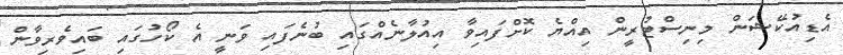
އެޑިއުކޭޝަން މިނިސްޓުރީން އިއްޔެ ކޮށްފައިވާ އިއުލާނެއްގައި ބުނެފައި ވަނީ އެ ކޯހުގައި ބައިވެރިވާން